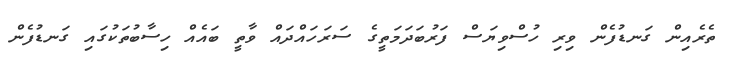
ތެރެއިން ގަނޑުފެން ވިރި ހުސްވިޔަސް ފަރުބަދަމަތީގެ ސަރަހައްދައް ވާތީ ބައެއް ހިސާބުތަކުގައި ގަނޑުފެން